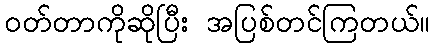
ဝတ်တာကိုဆိုပြီး အပြစ်တင်ကြတယ်။